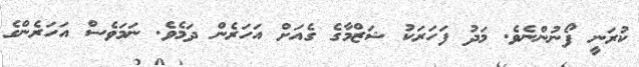
ކުރަނީ ފޯނުންނެވެ. މަދު ފަހަރަކު ޝަޒްމާގެ ގެއަށް އަހަރެން ދަމެވެ. ނަމަވެސް އަހަރެންގެ